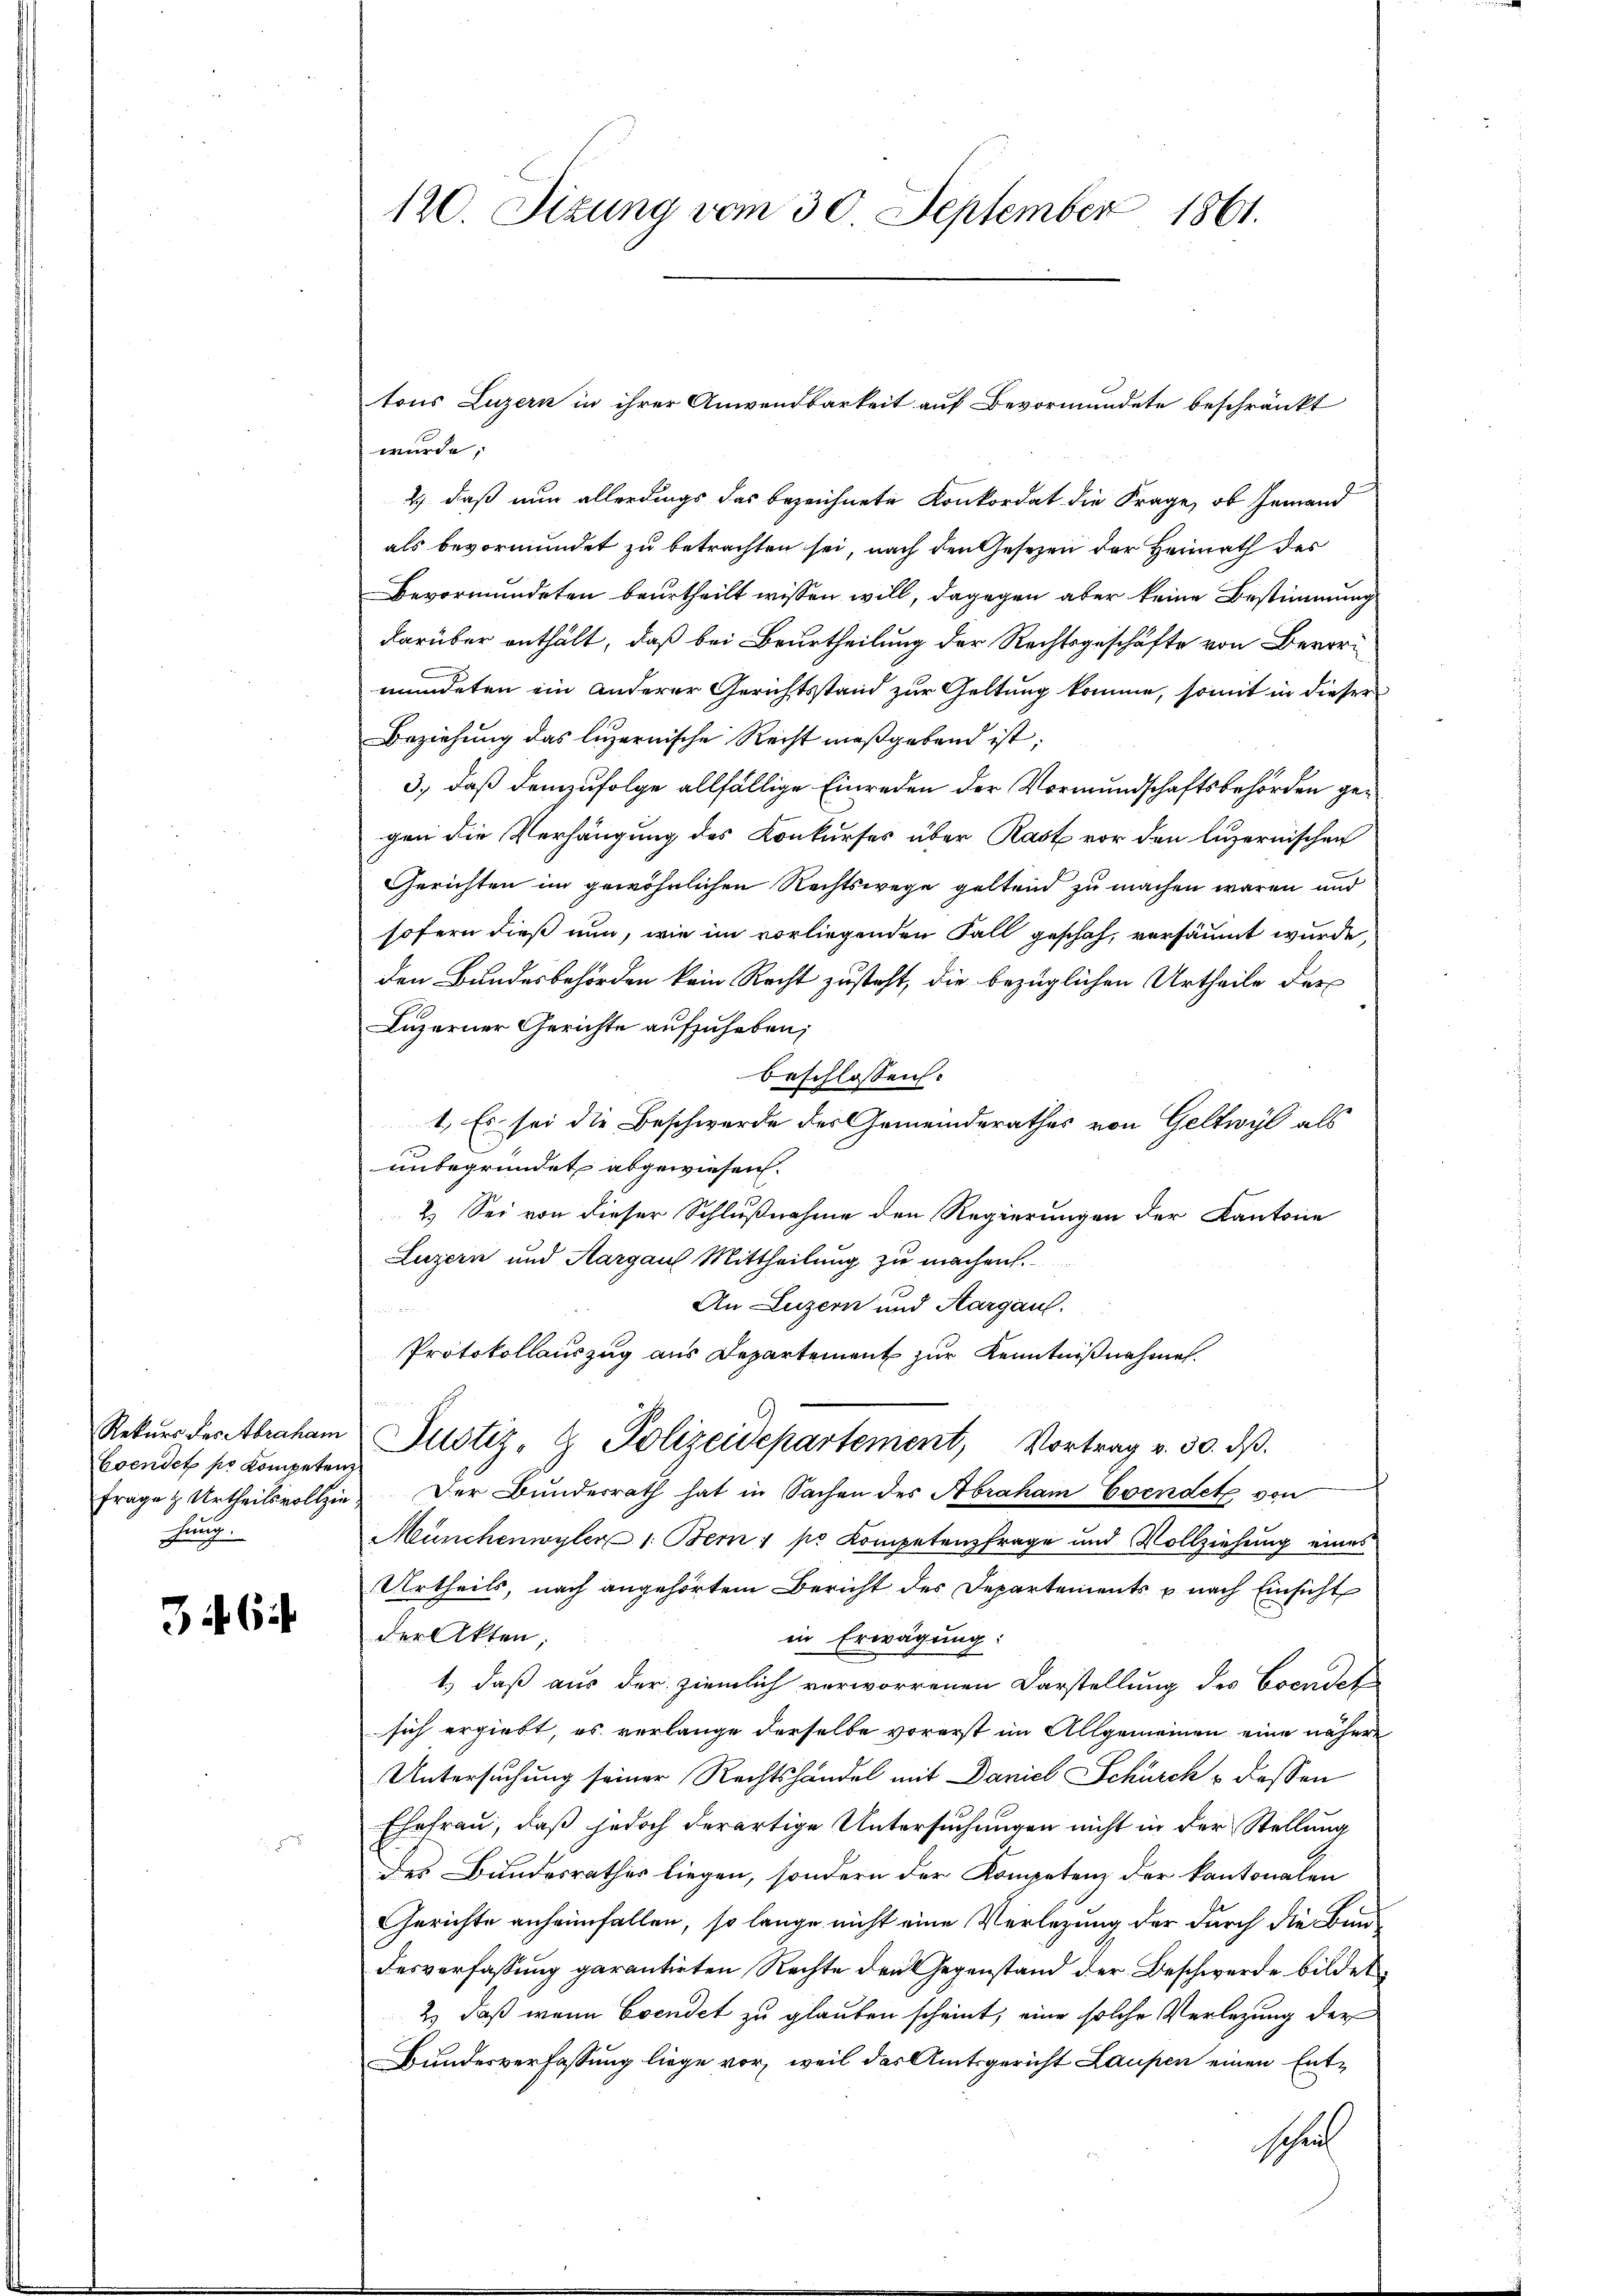
Esendet so kompeten
hung.

3 Cit

120. Sizung vom 30. September 1861.

wurde;
2) daß nun allerdings das bezeichnete Konkordat die Frage, ob Jemand
als bevormundet zu betrachten sei, nach den Gesetzen der Heimath des
Bevormundeten beurtheilt wissen will, dagegen aber keine Bestimmung
darüber enthält, daß bei Beurtheilung der Rechtsgeschäfte von Bevori
mündeten ein anderer Gerichtsstand zur Geltung komme, somit in dieser
Beziehung das ligernische Recht maßgebend ist,
3., daß demzufolge allfällige Einreden der Vormundschaftsbehörden gegen die Verhängung des Konkurses über Rast vor den luzernischen
Gerichten im gewöhnlichen Rechtswege geltend zu machen waren und
sofern dieß nun, wie im vorliegenden Fall geschah, versäumt wurde,
den Bundesbehörden kein Recht zusteht, die bezüglichen Urtheile des
Luzerner Gerichte aufzuheben;
Beschlossen.
1. Es sei die Beschwerde des Gemeinderathes von Geltwyl als
unbegründet abgewiesen.
2.) Sei von dieser Schlußnahme den Regierungen der Kantone
Luzern und Aargaus Mittheilung zu machen.
An Luzern und Aargaus.
Protokollauszug aus Departement zur Kenntnißnahme.

Rekŭrs derstbraham Justiz- & Polizeidepartement, Vortrag v. 30. dβ.
frage & Urtheilsvollzie) Der Bundesrath hat in Sachen des Abraham Evendete von
Münchenwyler 1. Bem 1 pr Kompetenzfrage und Vollziehung eines
Urtheils, nach angehörtem Bericht des Departements u nach Einsicht
der Akten;
in Erwägung:
1.) daß aus der ziemlich verworrenen Darstellung des Evendet
sich ergiebt, es verlange derselbe vorerst im Allgemeinen eine nähere
Untersuchung seiner Rechtshandel mit Daniel Schürck dessen
Ehefrau, daß jedoch derartige Untersuchungen nicht in der Stellung
des Bundesrathes liegen, sondern der Kompetenz der kantonalen
Gerichte anheimfallen, so lange nicht eine Verlegung der durch die Bind
desverfassung garantirten Rechte den Gegenstand der Beschwerde bildet.
2.) daß wenn Evendet zu glauben scheint, eine solche Verlegung der
Bundesverfassung liege vor, weil das Amtsgericht Laupen einen Entschul

tons Luzern in ihrer Anwendbarkeit auf Bevormundete beschränkt